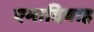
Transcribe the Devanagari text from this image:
एमादियाह